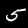
Label: 5